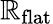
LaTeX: \mathbb{R}_{\textrm{{flat}}}